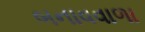
બનાવવાળા